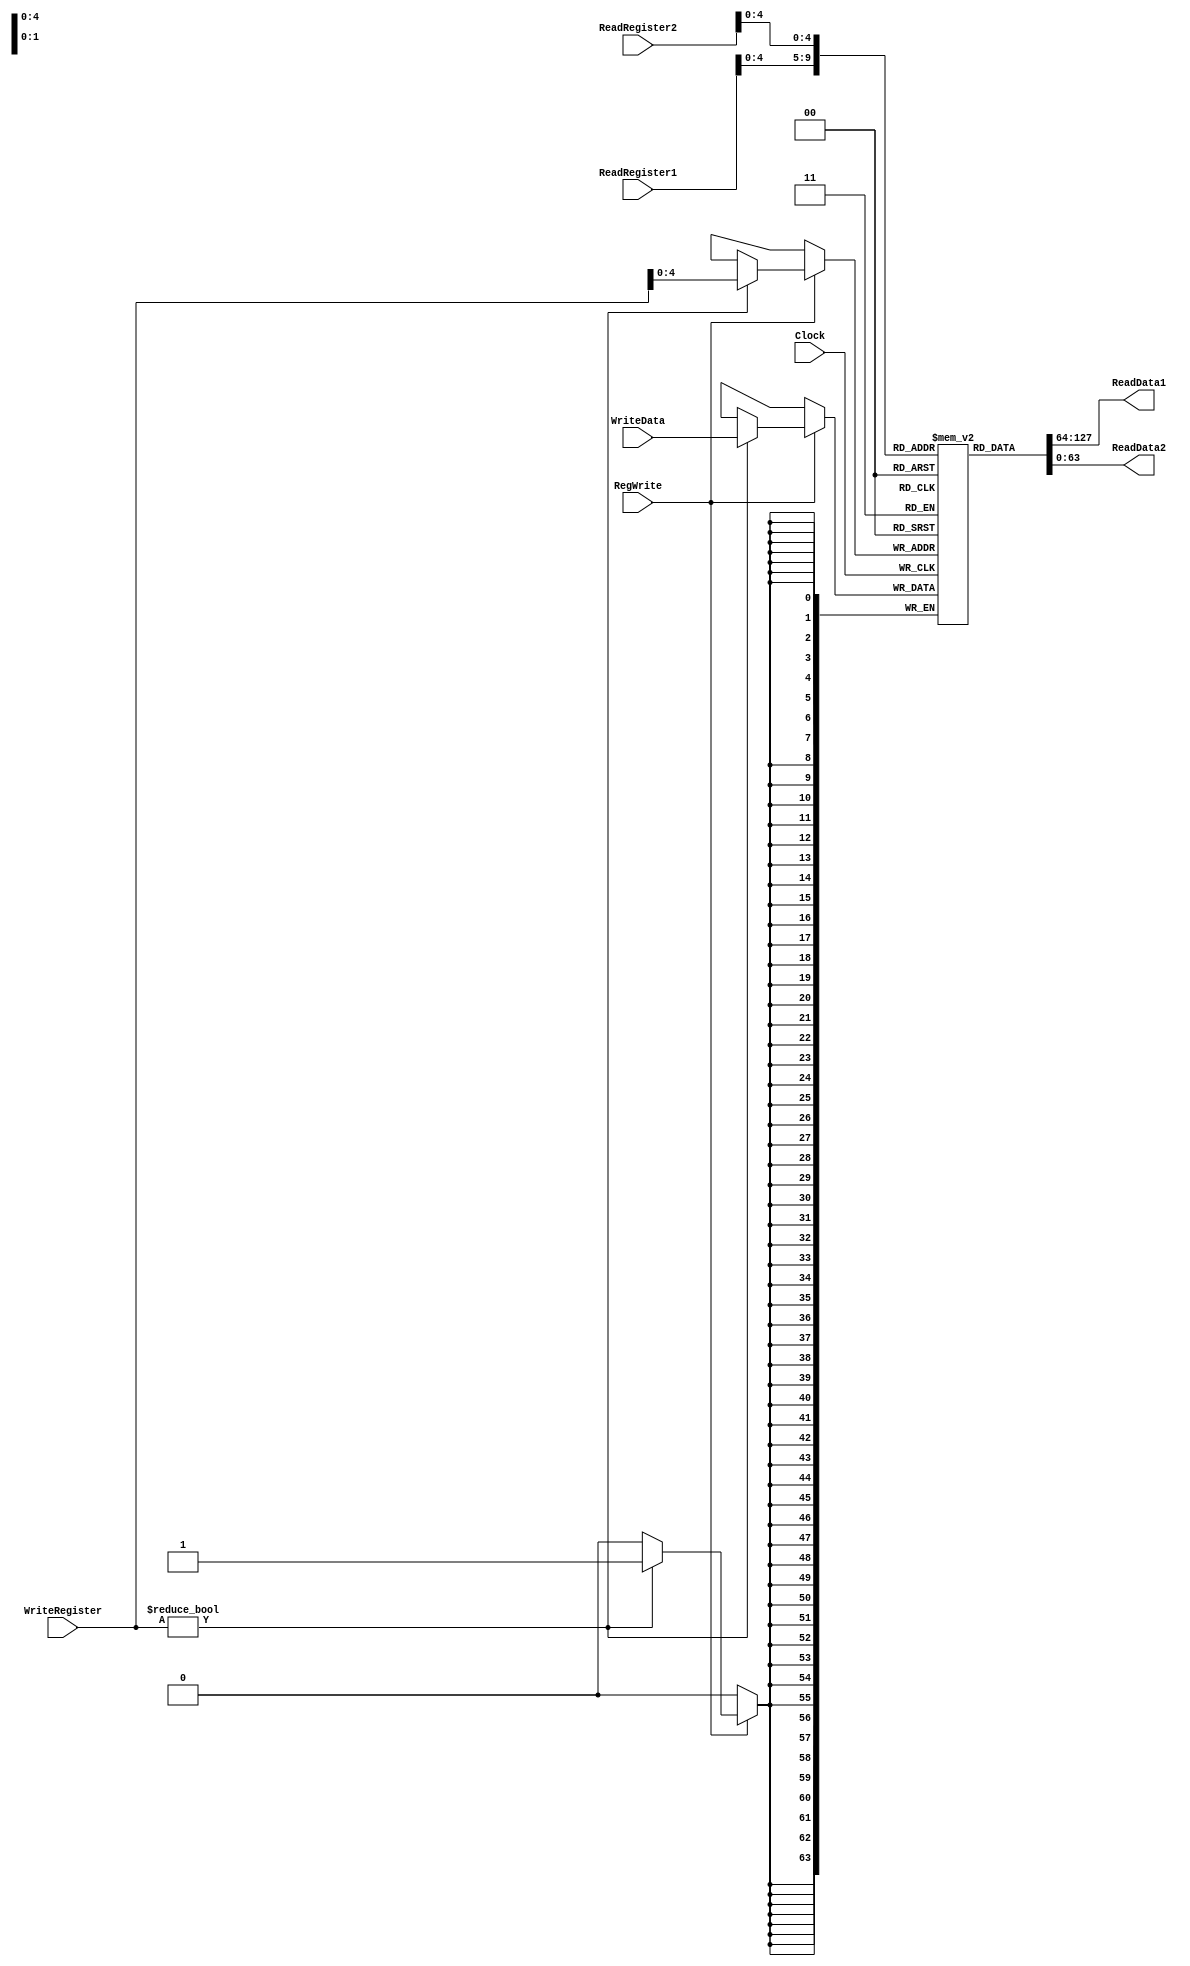
module RegisterFile(ReadRegister1, ReadRegister2, WriteRegister, WriteData, RegWrite, Clock, ReadData1, ReadData2);
    input wire [63:0] WriteData;
    input wire [5:0] ReadRegister1, ReadRegister2, WriteRegister;
    input wire RegWrite, Clock;
    output wire [63:0] ReadData1, ReadData2;

    reg [63:0] Data [0:31];

    initial begin
        Data[0] = 63'o0;  // x0 must always be zero
    end

    assign ReadData1 = Data[ReadRegister1];
    assign ReadData2 = Data[ReadRegister2];

    always @(posedge Clock) begin
        if (RegWrite)
            if (WriteRegister != 5'b00000)
                Data[WriteRegister] = WriteData;
    end

endmodule